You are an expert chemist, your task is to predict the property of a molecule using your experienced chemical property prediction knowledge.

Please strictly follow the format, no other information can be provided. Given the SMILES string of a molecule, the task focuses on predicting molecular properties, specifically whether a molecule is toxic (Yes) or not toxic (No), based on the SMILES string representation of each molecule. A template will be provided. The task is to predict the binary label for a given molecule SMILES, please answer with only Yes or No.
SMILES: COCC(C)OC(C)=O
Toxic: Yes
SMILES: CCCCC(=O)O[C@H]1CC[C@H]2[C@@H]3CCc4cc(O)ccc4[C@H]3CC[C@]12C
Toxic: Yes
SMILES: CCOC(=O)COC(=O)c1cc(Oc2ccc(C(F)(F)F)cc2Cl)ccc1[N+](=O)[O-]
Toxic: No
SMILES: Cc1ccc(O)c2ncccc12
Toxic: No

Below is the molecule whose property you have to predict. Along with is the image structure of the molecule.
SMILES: NCc1ccccc1Sc1ccccc1CO
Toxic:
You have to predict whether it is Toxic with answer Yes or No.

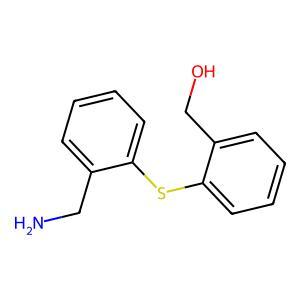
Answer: No